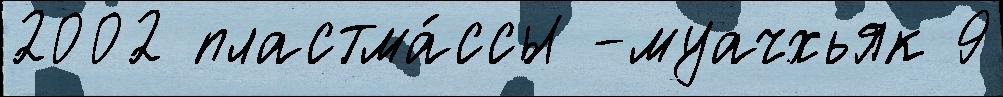
2002 пластма́ссы -муачхьяк 9